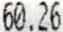
60.26